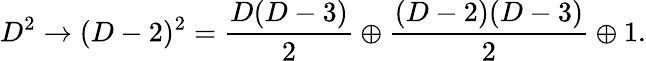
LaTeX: D^{2}\rightarrow(D-2)^{2}={\frac{D(D-3)}{2}}\oplus{\frac{(D-2)(D-3)}{2}}\oplus 1.